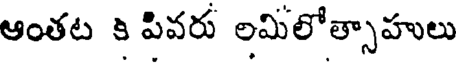
ఆంతట కి పివరు లమిలోత్సాహులు